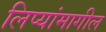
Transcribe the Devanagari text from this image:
लिप्यांमागील